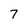
Character: 7